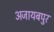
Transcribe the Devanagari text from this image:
अजायबपुर